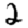
Digit: 2